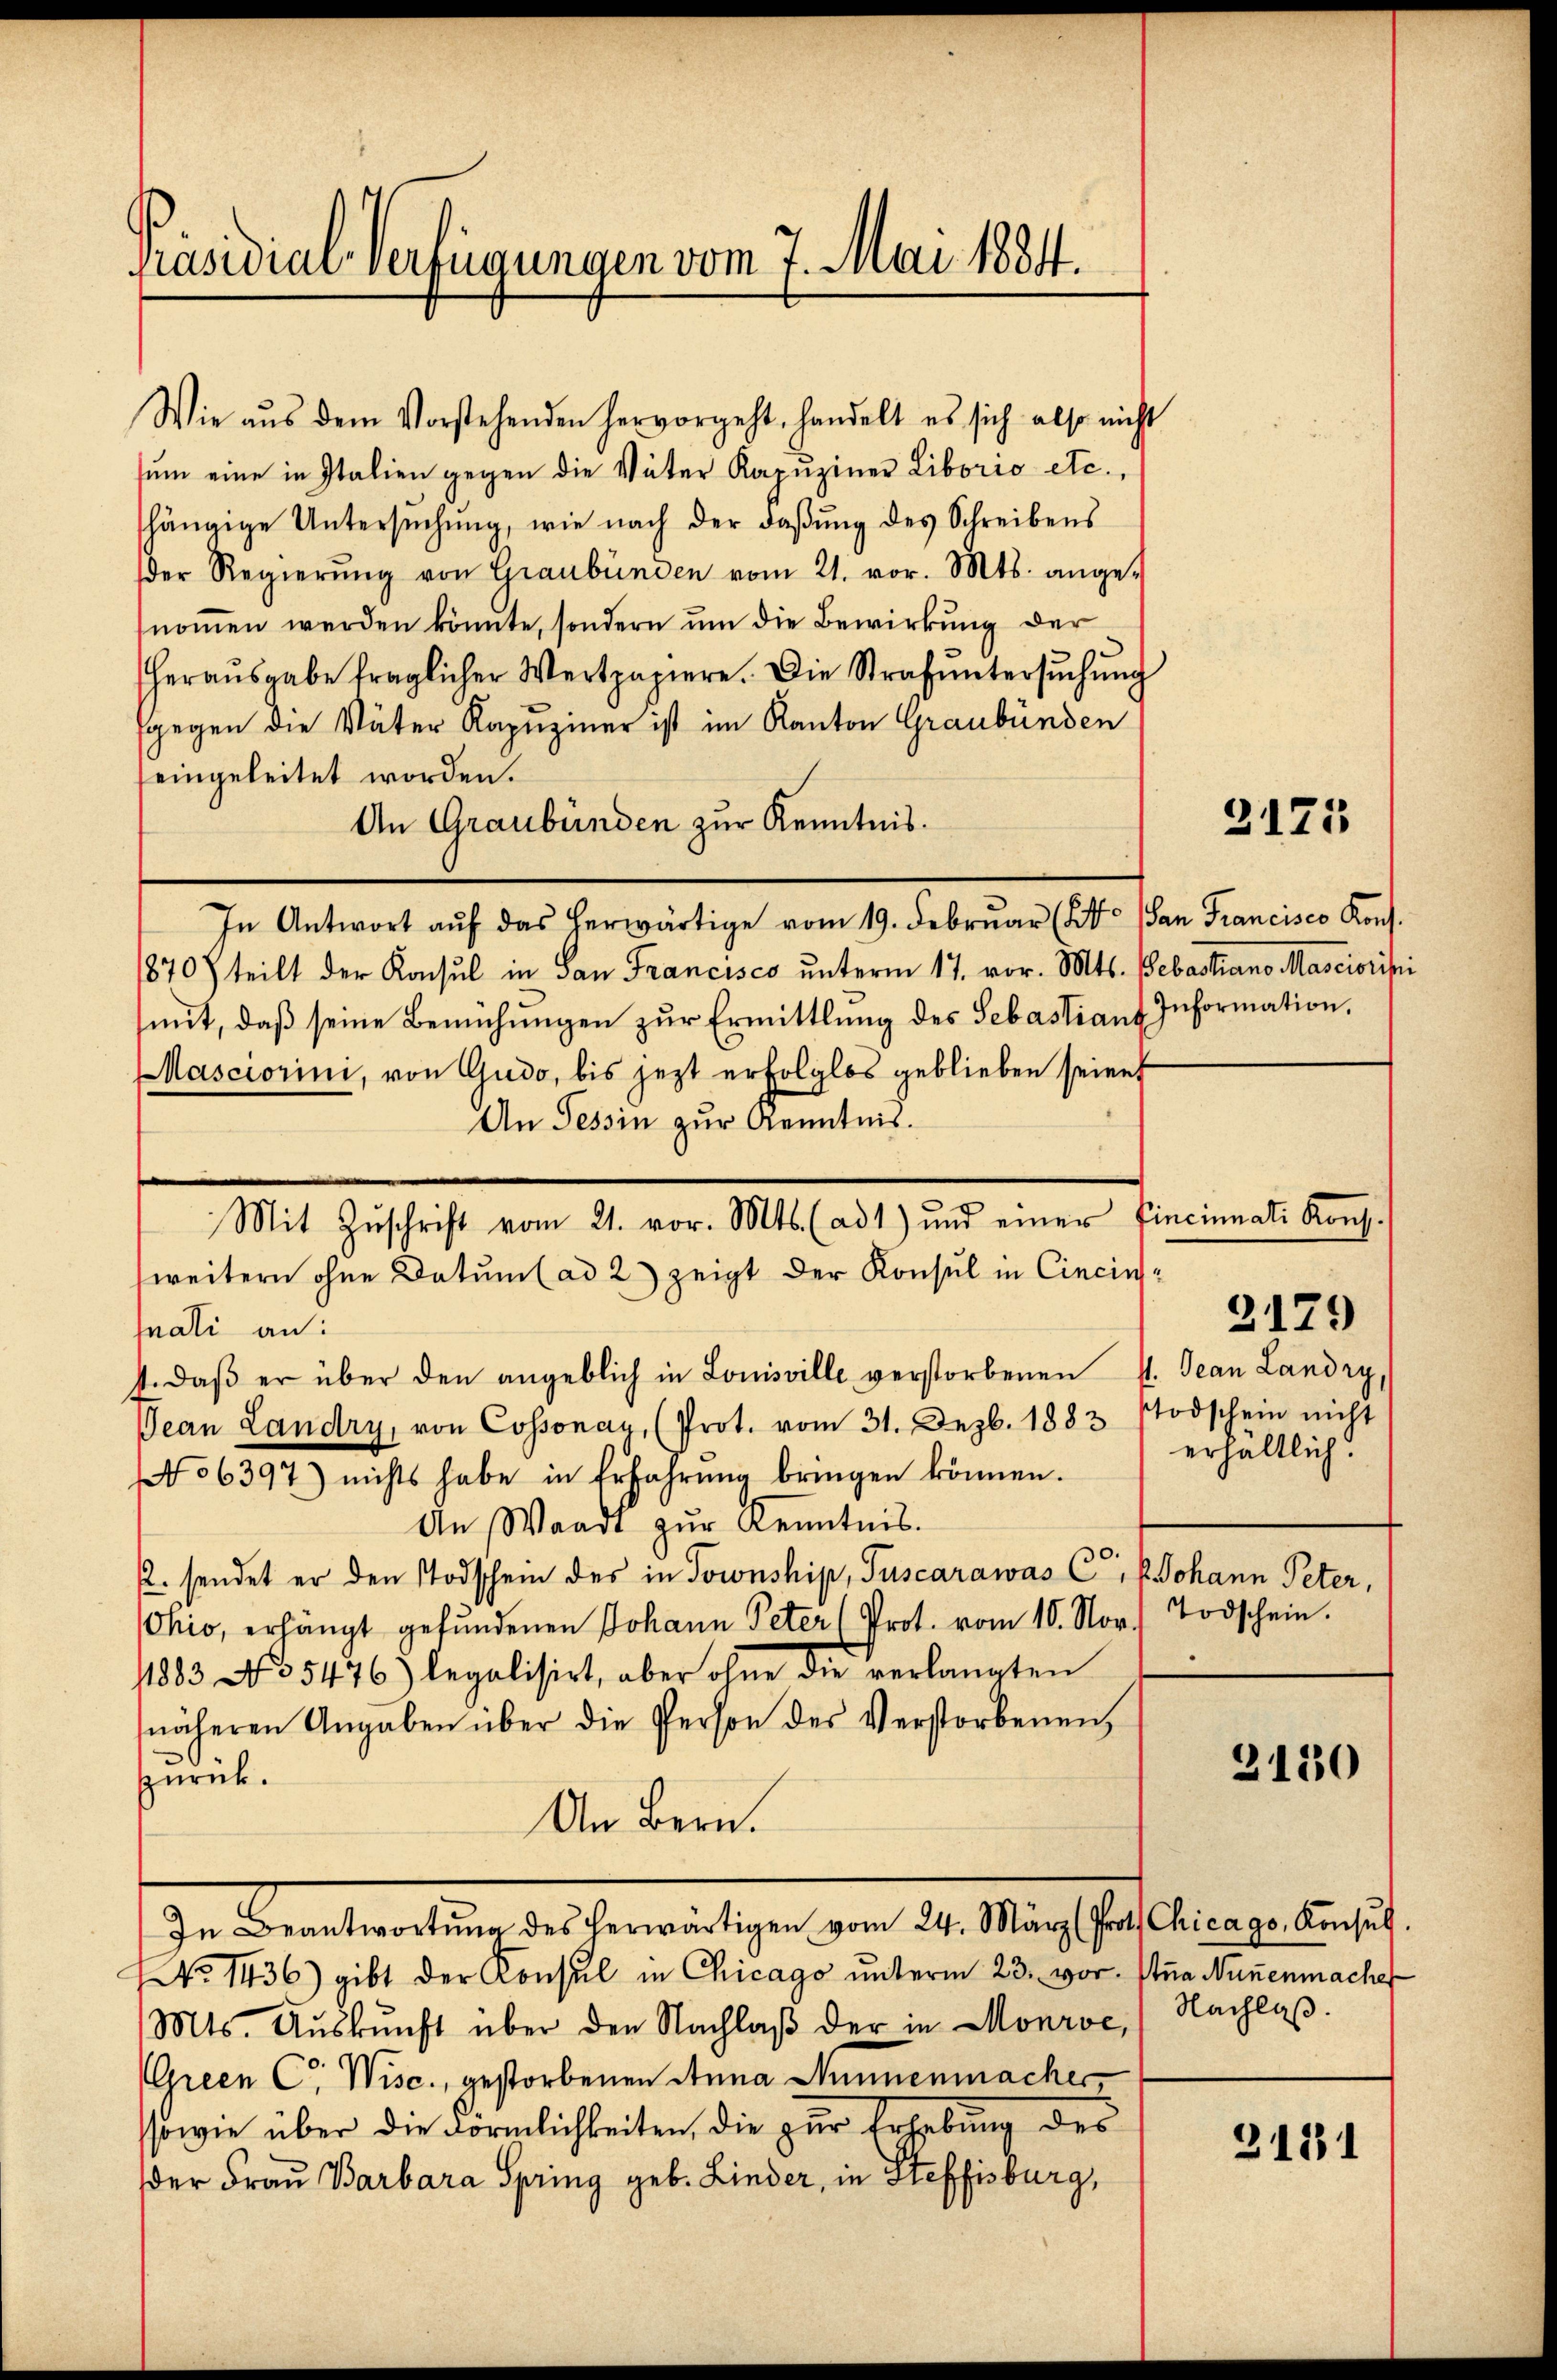
Präsidial-Verfügungen vom 7. Mai 1884.

Wie aus dem Vorstehenden hervorgeht, handelt es sich also nicht
sŭm eine in Italien gegen die Väter Kapŭziner Liborio etc.,
shängige Untersŭchŭng, wie nach der Daβŭng des Schreibens
der Regierŭng von Graubünden vom 21. vor. Mts. ange-
nomen werden könnte, sondern um die Bewirkung der
heraŭsgabe fraglicher Wertpapiere. Die Strafŭntersŭchŭng
fgegen die Väter Kapuziner ist im Kanton Graubünden
eingeleitet worden.
An Graubünden zur Kenntnis.
In Antwort aŭf das herwärtige vom 19. Februar (S. San Francisco Kons.
870) teilt der Konsul in San Francisco unterm 17. vor. Mts. Bebastiano Masciorisi
mit, daß seine Bemühungen zur Ermittlung des Sebastiant
Masciorini, von Gudo, bis jezt erfolglos geblieben seien
An Tessin zur Kenntnis.
weitern ohne Datum (ad 2) zeigt der Konsul in Cincinsmati an:
4. daβ er über den angeblich in Louisville verstorbenen St. Jean Landry,
Oean Landry, von Cossonay, (Prot. vom 31. Dezb. 1883 stodschein nicht
No 6397) nichts habe in Erfahrŭng bringen können.
An Waadt zŭr Kenntnis.
. sendet er den Todschein des in Sownship, Tuscarawas C, Johann Peter,
Ohio, erhängt gefŭndenen Johann Peter (Prot. vom 10. Nov. Todschein.
11883 No 5476) legalisirt, aber ohne die verlangten
näheren Angaben über die Person des Verstorbenen,
zurück.
An Bern.
In Beantwortŭng des herwärtigen vom 24. März (Prot. Chicago, Konsŭl.
No 1436) gibt der Konsul in Chicago ŭnterm 23. vor. Stua Nünenmacher
Mts. Aŭskŭnft über den Nachlaβ der in Monroć, Nachlaβ.
Green C. Wisc., gestorbenen Anna Mennenmacher
sowie über die Förmlichkeiten, die zur Erhebung des
der Frau Barbara Spring geb. Linder, in Steffisburg,

Mit Zŭschrift vom 21. vor. Mts. (ad 1) und einer Eincinnati Kons.

2175

Information.

erhältlich.

2179

3130

3181